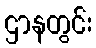
ဌာနတွင်း